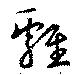
鶏